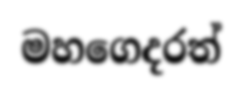
මහගෙදරත්